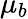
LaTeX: \mu_{b}